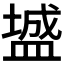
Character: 𪾓